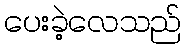
ပေးခဲ့လေသည်